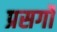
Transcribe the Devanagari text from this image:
प्रसर्गों